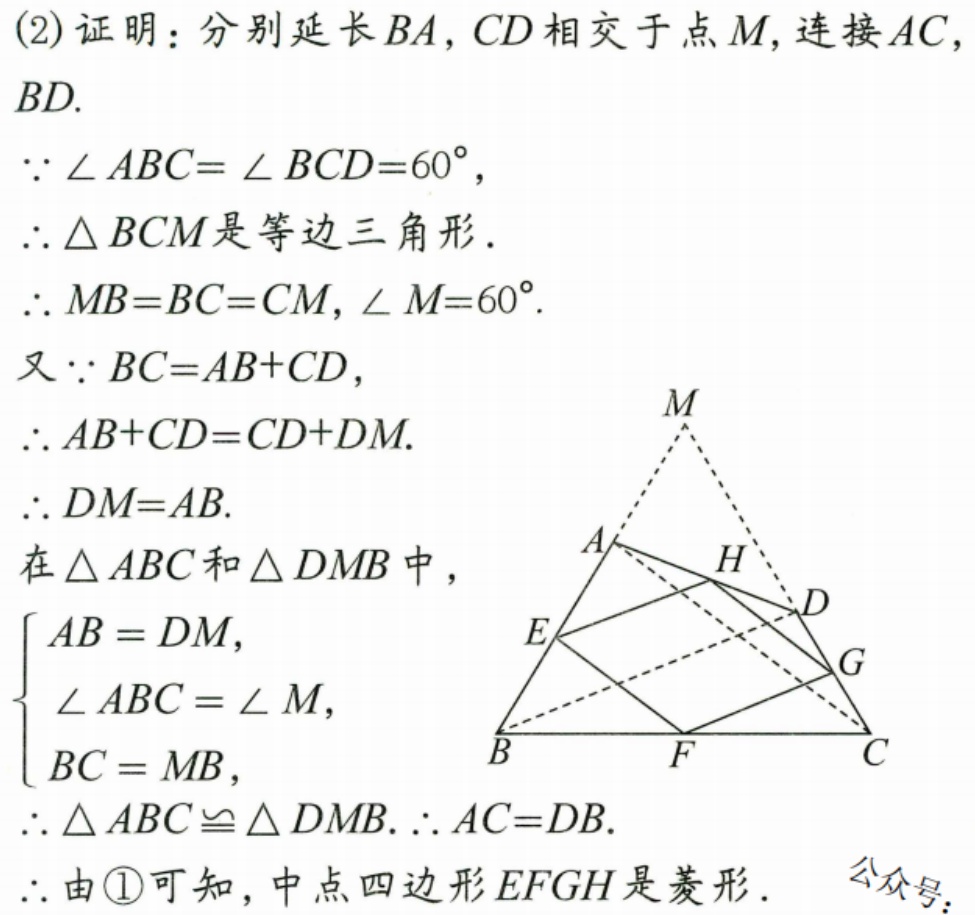
(2)证明：分别延长\(BA,CD\)相交于点\(M\),连接\(AC\),\(BD\).
\(\because\angle ABC = \angle BCD = 60^{\circ}\),
\(\therefore\triangle BCM\)是等边三角形.
\(\therefore MB = BC = CM,\angle M = 60^{\circ}\).
又\(\because BC = AB + CD\),
\(\therefore AB + CD = CD + DM\).
\(\therefore DM = AB\).
在\(\triangle ABC\)和\(\triangle DMB\)中，
\(\begin{cases}
AB = DM,\\
\angle ABC = \angle M,\\
BC = MB,
\end{cases}\)
\(\therefore\triangle ABC\cong\triangle DMB.\therefore AC = DB\).
\(\therefore\)由\textcircled{1}可知，中点四边形\(EFGH\)是菱形.